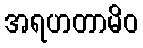
အရဟတာမိဝ